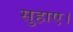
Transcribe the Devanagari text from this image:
सुहाए।